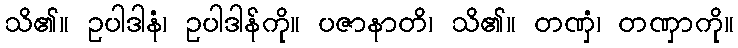
သိ၏။ ဥပါဒါနံ၊ ဥပါဒါန်ကို။ ပဇာနာတိ၊ သိ၏။ တဏှံ၊ တဏှာကို။